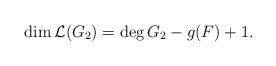
LaTeX: \begin{align*}\dim \mathcal{L}(G_2) = \deg G_2 - g(F) + 1. \end{align*}